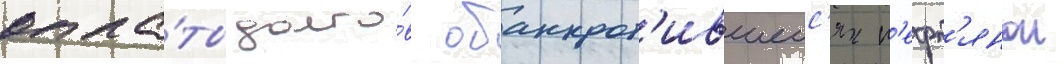
опла́ты долго́в обанкрот'ившеис'я н'ефт'янои